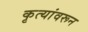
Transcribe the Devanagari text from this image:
कृत्यांवरून